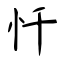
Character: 忏